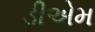
ડીએમ